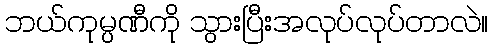
ဘယ်ကုမ္ပဏီကို သွားပြီးအလုပ်လုပ်တာလဲ။